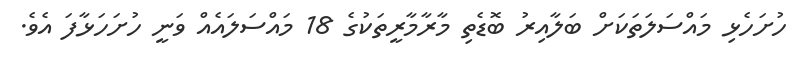
ހުށަހެޅި މައްސަލަތަކަށް ބަލާއިރު ބޮޑެތި މާރާމާރީތަކުގެ 18 މައްސަލައެއް ވަނީ ހުށަހަޅާފަ އެވެ.